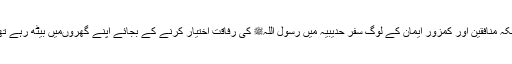
چونکہ منافقین اور کمزور ایمان کے لوگ سفر حدیبیہ میں رسول اللہﷺ کی رفاقت اختیار کرنے کے بجائے اپنے گھروںمیں بیٹھ رہے تھے۔